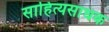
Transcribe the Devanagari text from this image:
साहित्यसाधक